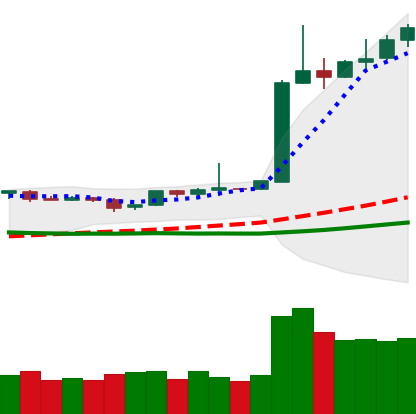
Ticker: BTC-USD
Chart end date: 2019-04-08
Forward return: -3.652%
Label: down_3_5